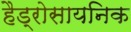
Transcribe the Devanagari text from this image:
हैड्रोसायनिक